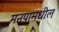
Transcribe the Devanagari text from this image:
मनपामधील